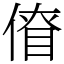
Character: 傄